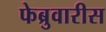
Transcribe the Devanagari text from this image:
फेब्रुवारीस